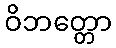
ဝိဘတ္တော